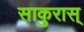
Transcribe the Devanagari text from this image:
साकुरास्